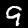
Label: 9